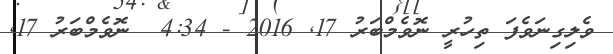
ވެލިގިނަވެފަ ތިހުރީ ނޮވެމްބަރު 17